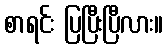
စာရင်း ပြပြီးပြီလား။